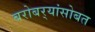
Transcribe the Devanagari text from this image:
बरोबर्‍यांसोबत